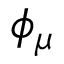
\phi _ { \mu }